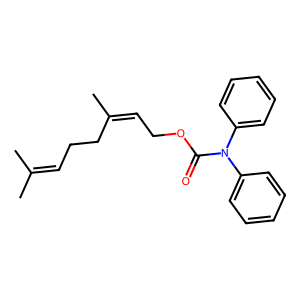
SMILES: CC(C)=CCCC(C)=CCOC(=O)N(c1ccccc1)c1ccccc1
Inhibits HIV replication: No